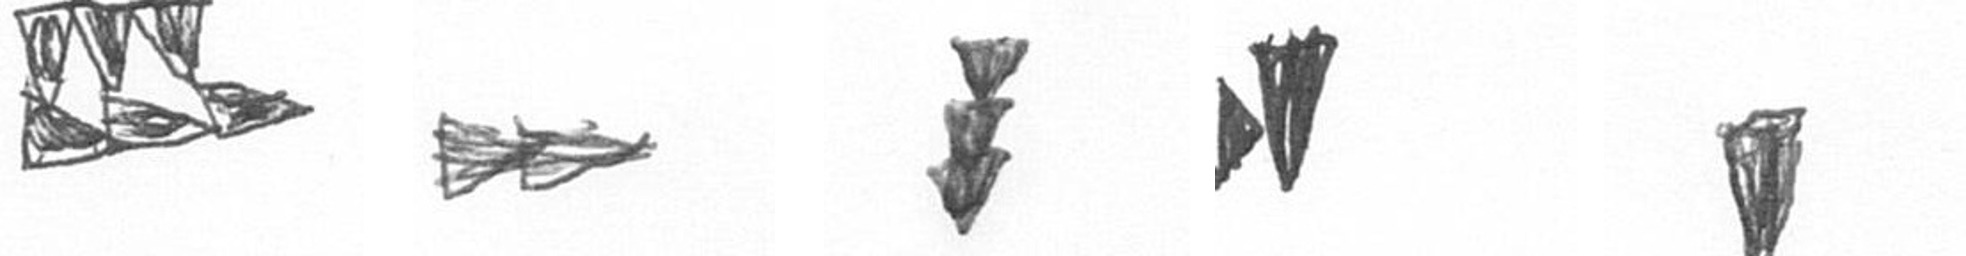
D A E M J